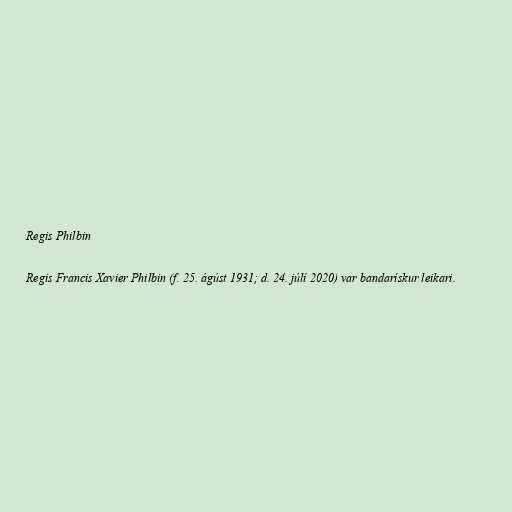
Regis Philbin

Regis Francis Xavier Philbin (f. 25. ágúst 1931; d. 24. júlí 2020) var bandarískur leikari.